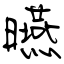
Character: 曣